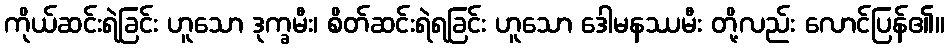
ကိုယ်ဆင်းရဲခြင်း ဟူသော ဒုက္ခမီး၊ စိတ်ဆင်းရဲရခြင်း ဟူသော ဒေါမနဿမီး တို့လည်း လောင်ပြန်၏။